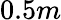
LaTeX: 0.5m